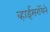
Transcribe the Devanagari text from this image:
व्हाईसरॉयने